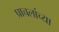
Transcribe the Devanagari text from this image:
प्राचलांच्या